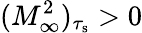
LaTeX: (M_{\infty}^{2})_{\tau_{\mathrm{s}}}>0